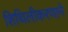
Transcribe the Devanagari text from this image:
शिथिलीकरणाने